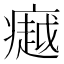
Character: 𪽸